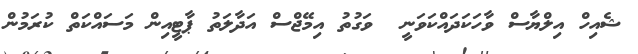
ޝެއިހް އިލްޔާސް ވާހަކަދައްކަވަނީ  ވަގުތު އިމޭޖްސް އަދާލަތު ޕާޓީއިން މަސައްކަތް ކުރަމުން